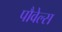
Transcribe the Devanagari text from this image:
पौवेल्स